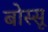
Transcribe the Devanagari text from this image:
बोस्सू